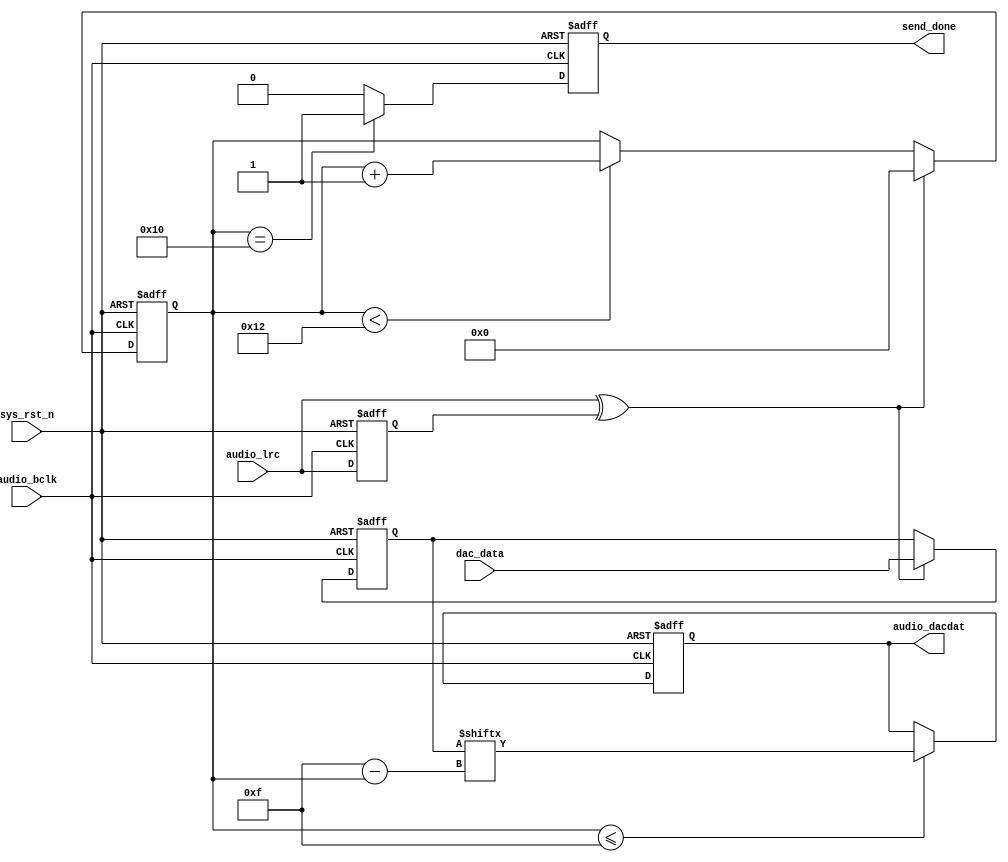
`timescale  1ns/1ns
////////////////////////////////////////////////////////////////////////
// Module Name   : audio_send
// Project Name  : audio_record
// Target Devices: Altera EP4CE10F17C8N
// Tool Versions : Quartus 13.0
// Description   : 
// 
// Revision      : V1.0
// Additional Comments:
// 
// : _Pro_FPGA
//     : http://www.embedfire.com
//     : http://www.firebbs.cn
//     : https://fire-stm32.taobao.com
////////////////////////////////////////////////////////////////////////

module  audio_send
(
    input   wire            audio_bclk    ,   //WM8978
    input   wire            sys_rst_n     ,   //
    input   wire            audio_lrc     ,   //WM8978/
    input   wire    [15:0]  dac_data      ,   //WM8978

    output  reg             audio_dacdat  ,   //DACDATWM8978
    output  reg             send_done         //

);

//********************************************************************//
//****************** Parameter and Internal Signal *******************//
//********************************************************************//

//reg   define
reg             audio_lrc_d1;   //
reg     [4:0]   dacdat_cnt  ;   //DACDAT
reg     [15:0]  data_reg    ;   //dac_data

//wire  define
wire            lrc_edge    ;   //

//********************************************************************//
//***************************** Main Code ****************************//
//********************************************************************//

//
assign  lrc_edge = audio_lrc ^ audio_lrc_d1;

//audio_lcr
always@(posedge audio_bclk  or  negedge sys_rst_n)
    if(sys_rst_n == 1'b0)
        audio_lrc_d1    <=  1'b0;
    else
        audio_lrc_d1    <=  audio_lrc;

//dacdat_cnt:
always@(posedge audio_bclk  or  negedge sys_rst_n)
    if(sys_rst_n == 1'b0)
        dacdat_cnt    <=  1'b0;
    else    if(lrc_edge == 1'b1)
        dacdat_cnt    <=  1'b0;
    else    if(dacdat_cnt < 5'd18)
        dacdat_cnt  <=  dacdat_cnt + 1'b1;
    else
        dacdat_cnt  <=  dacdat_cnt;

//dac_datadata_reg
always@(posedge audio_bclk  or  negedge sys_rst_n)
    if(sys_rst_n == 1'b0)
        data_reg    <=  16'b0;
    else    if(lrc_edge == 1'b1)
        data_reg <=  dac_data;
    else
        data_reg    <=  data_reg;

//data_regaudio_dacdat
always@(negedge audio_bclk  or  negedge sys_rst_n)
    if(sys_rst_n == 1'b0)
        audio_dacdat    <=  1'b0;
    else    if(dacdat_cnt <= 5'd15)
        audio_dacdat    <=  data_reg[15 - dacdat_cnt];

//
always@(posedge audio_bclk  or  negedge sys_rst_n)
    if(sys_rst_n == 1'b0)
        send_done    <=  1'b0;
    else    if(dacdat_cnt == 5'd16)
        send_done    <=  1'b1;
    else
        send_done    <=  1'b0;

endmodule